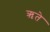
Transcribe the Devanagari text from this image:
ऋते